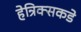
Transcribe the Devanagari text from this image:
हेन्रिक्सकडे